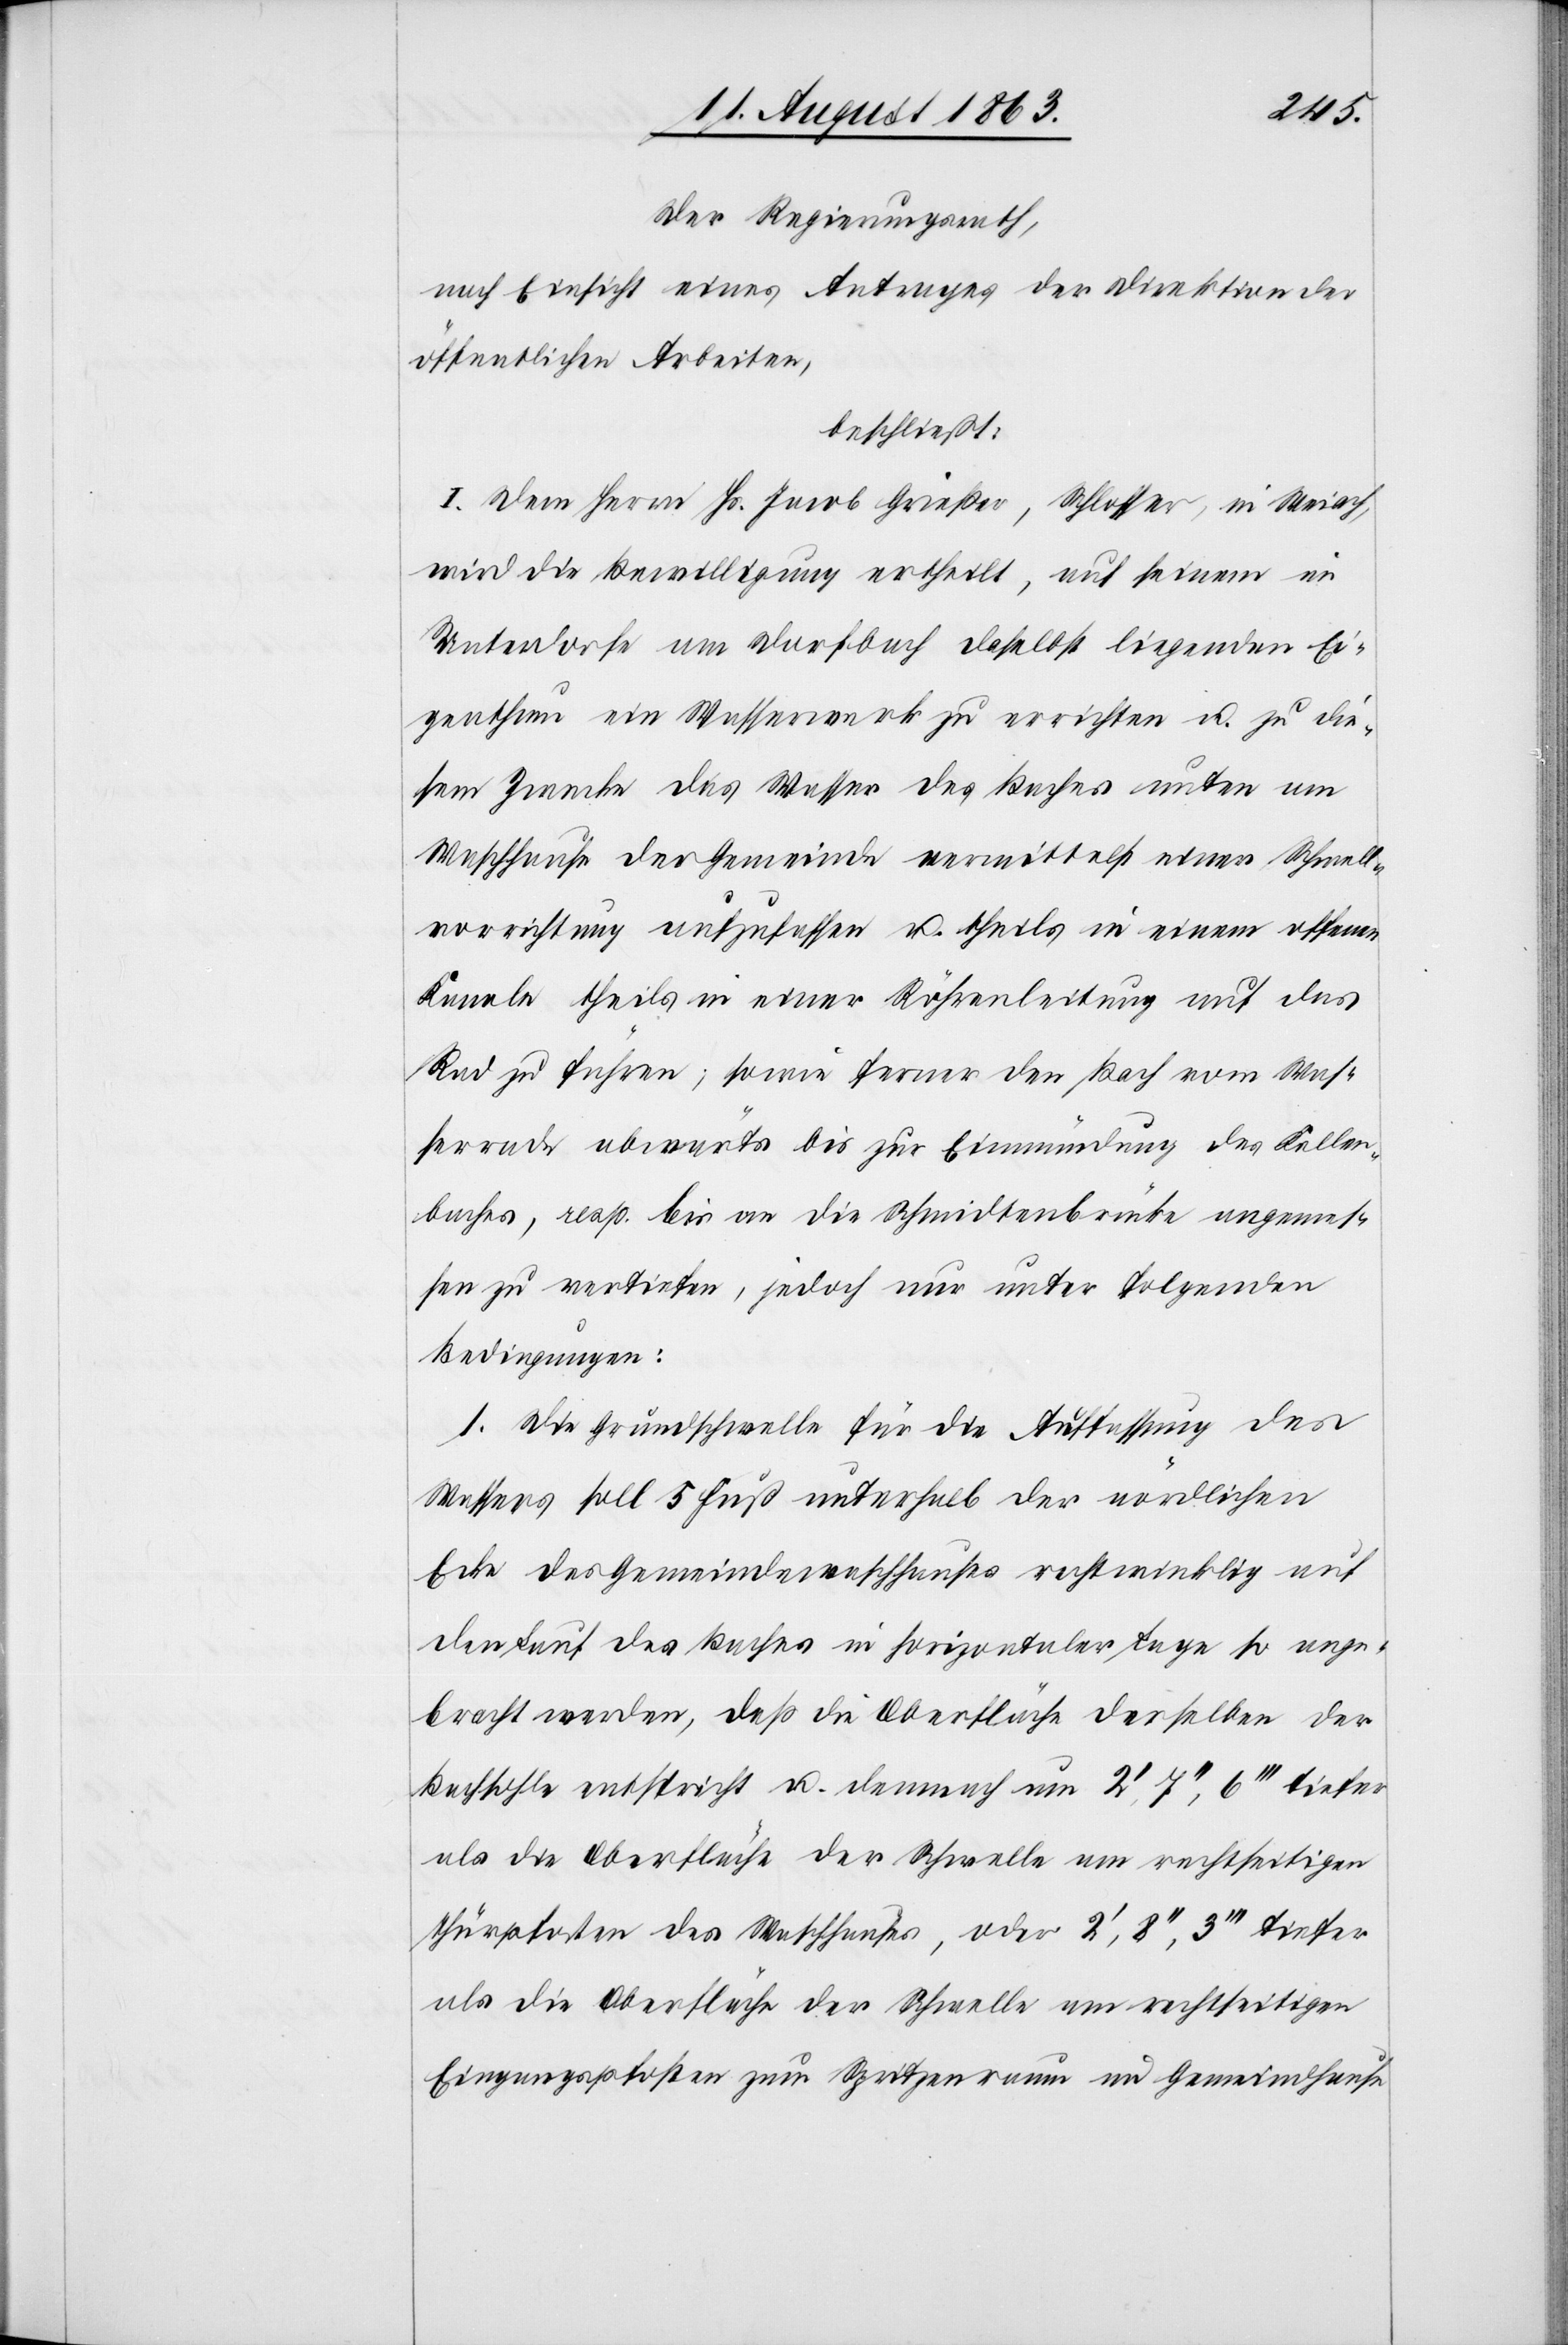
Der Regierungsrath,
nach Einsicht eines Antrages der Direktion der
öffentlichen Arbeiten,
beschließt:
I. Dem Herrn Hs. Jacob Grießer, Schlosser, in Weiach,
wird die Bewilligung ertheilt, auf seinem im
Unterdorfe am Dorfbach daselbst liegenden Ei¬
genthum ein Wasserwerk zu errichten u. zu die¬
sem Zwecke das Wasser des Baches unten am
Waschhause der Gemeinde vermittelst einer Schwell¬
vorrichtung aufzufassen u. theils in einem offenen
Kanale theils in einer Röhrenleitung auf das
Rad zu führen; sowie ferner den Bach vom Was¬
serrade abwärts bis zur Einmündung des Keller¬
baches, resp. bis an die Schmidtenbrücke angemes¬
sen zu vertiefen, jedoch nur unter folgenden
Bedingungen:
1. Die Grundschwelle für die Auffassung des
Wassers soll 5 Fuß unterhalb der nördlichen
Ecke des Gemeindewaschhauses rechtwinklig auf
den Lauf des Baches in horizontaler Lage so ange¬
bracht werden, daß die Oberfläche derselben der
Bachsohle entspricht u. demnach um 2', 7'', 6''' tiefer
als die Oberfläche der Schwelle am rechtseitigen
Thürpfosten des Waschhauses, oder 2', 8'', 3''' tiefer
als die Oberfläche der Schwelle am rechtseitigen
Eingangspfosten zum Spritzenraum im Gemeindhause